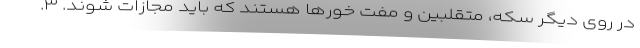
در روی دیگر سکه، متقلبین و مفت خور‌ها هستند که باید مجازات شوند. ۳.